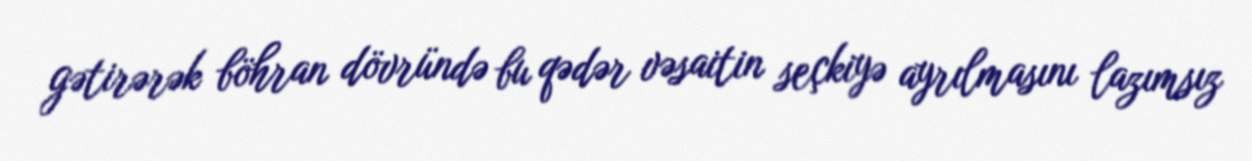
gətirərək böhran dövründə bu qədər vəsaitin seçkiyə ayrılmasını lazımsız